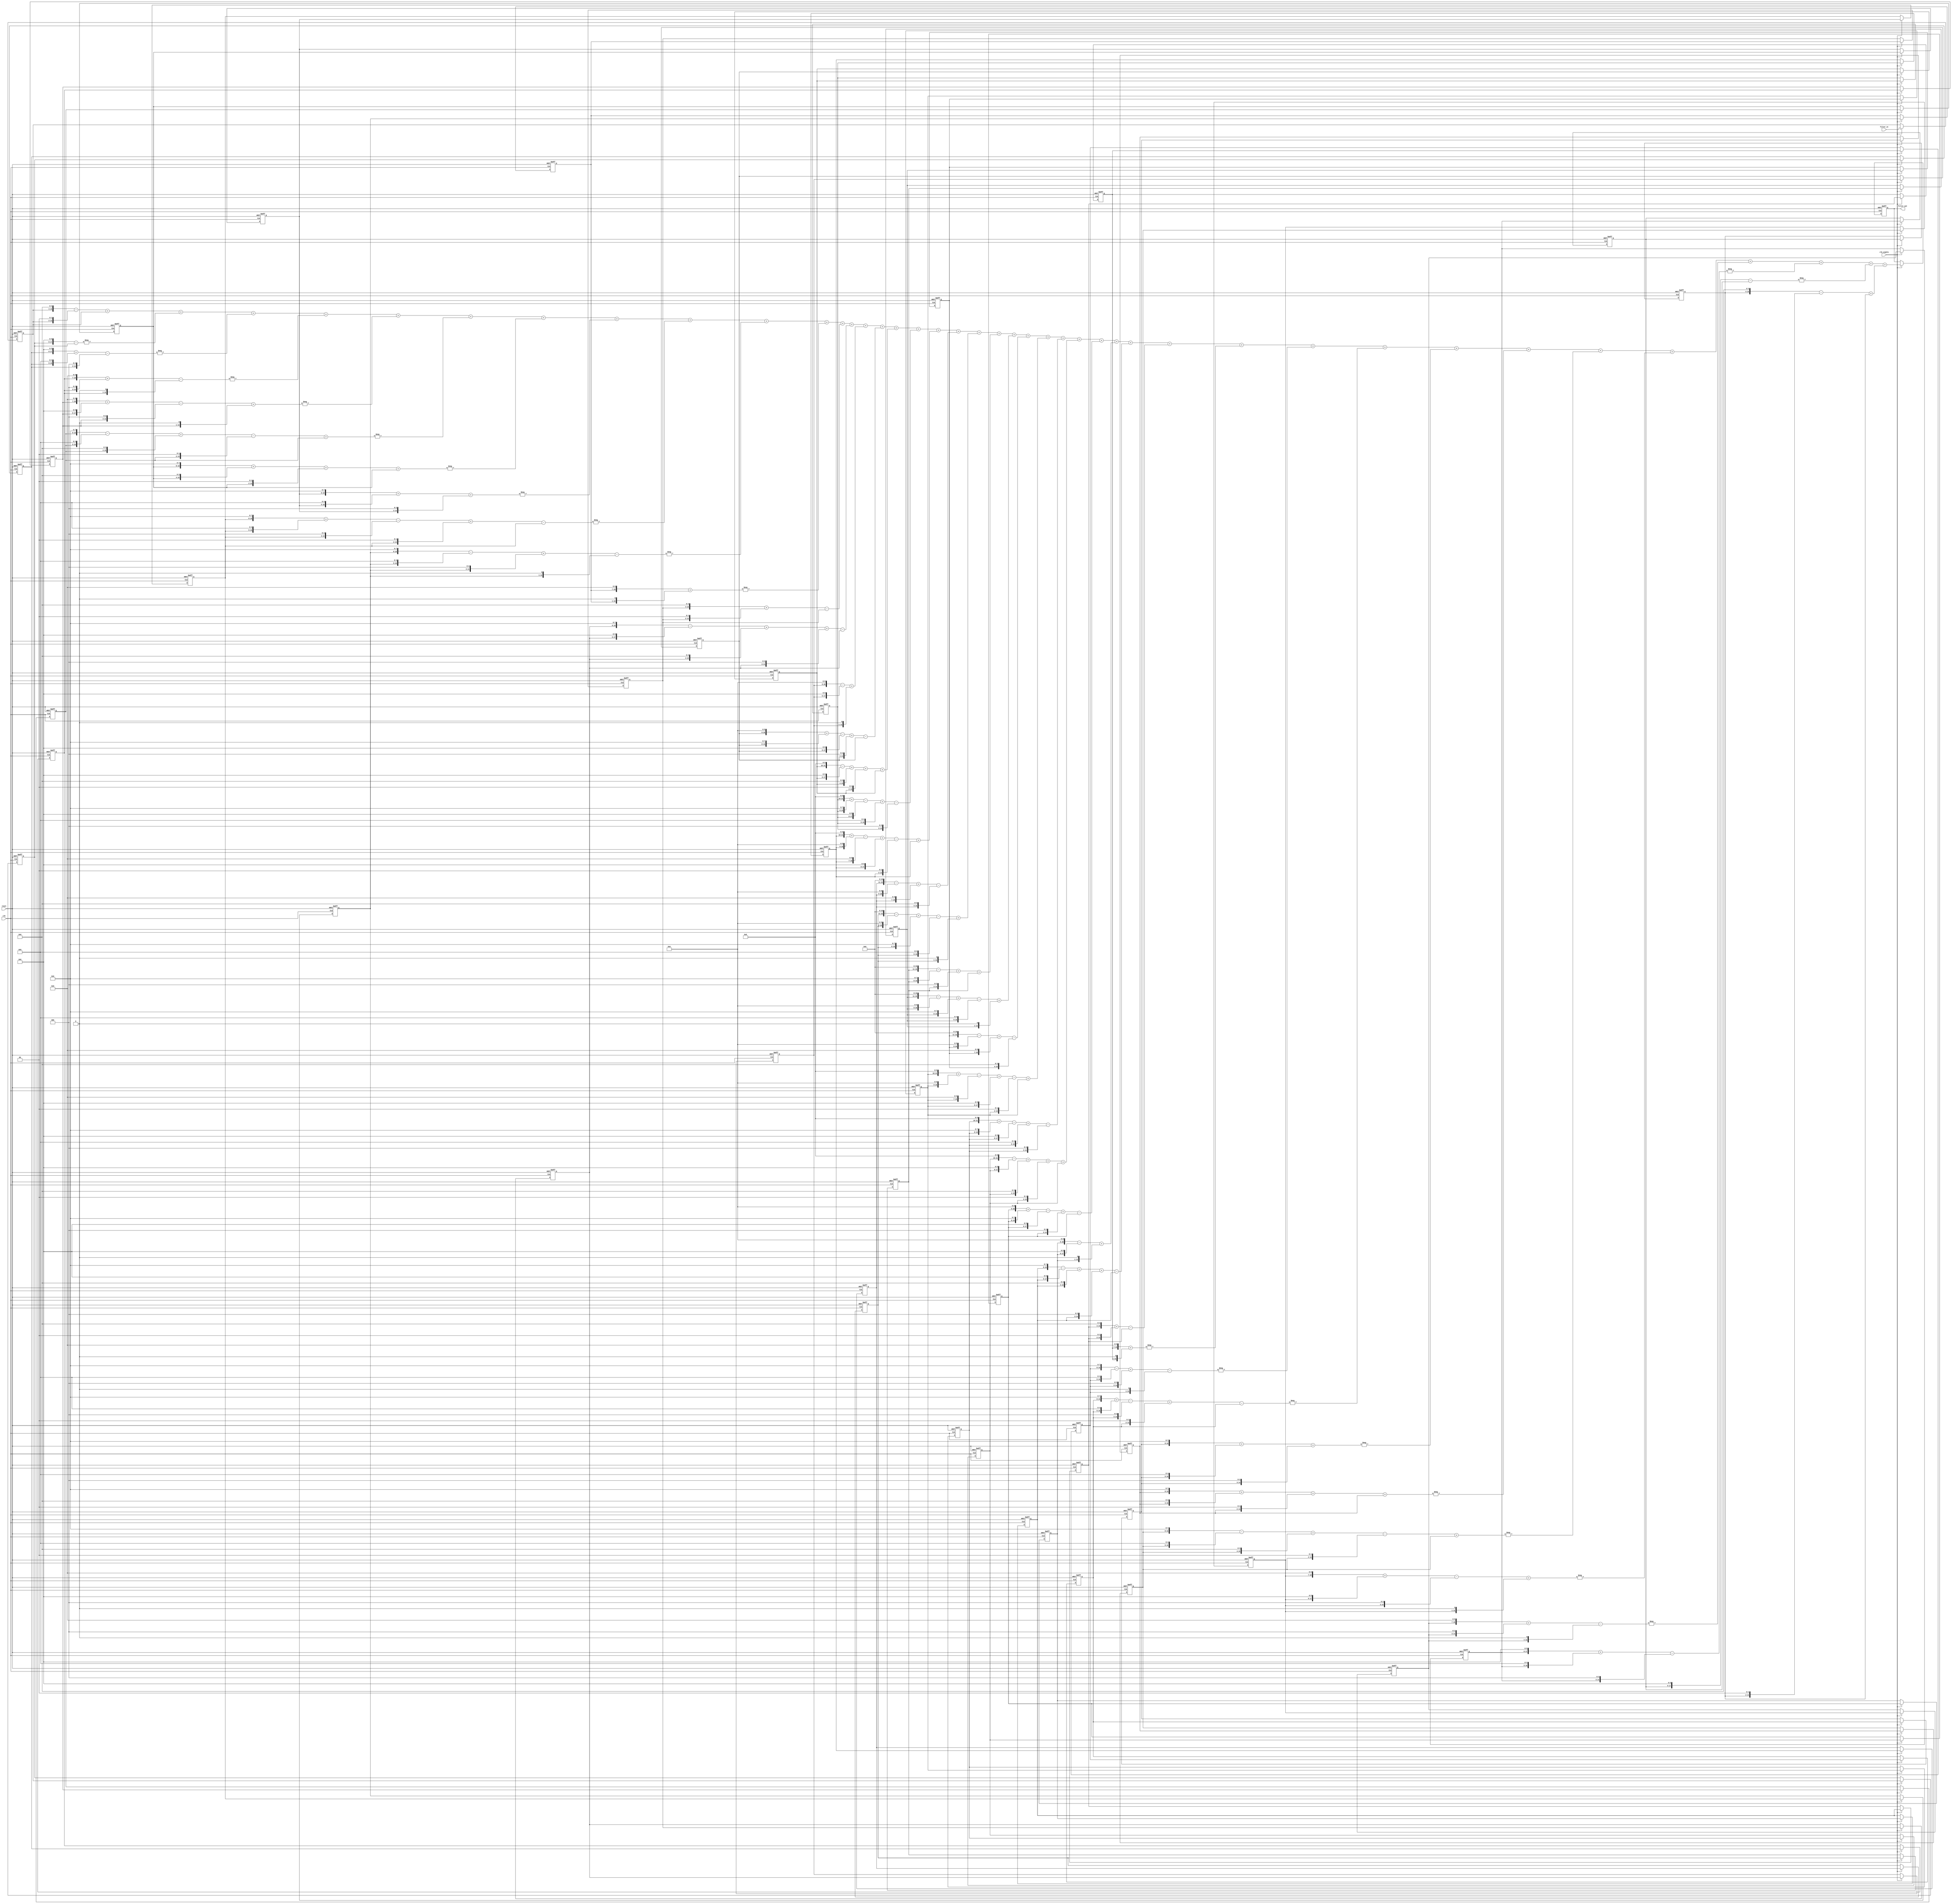
// -------------------------------------------------------------
//
// Module: FIR_125K_10K_LPF
// Generated by MATLAB(R) 8.3 and the Filter Design HDL Coder 2.9.5.
// Generated on: 2019-11-22 21:58:28
// -------------------------------------------------------------

// -------------------------------------------------------------
// HDL Code Generation Options:
//
// CoeffMultipliers: CSD
// TargetDirectory: E:\project\My_FPGA\Vivadio\ZYNQ\project\Match\Match_0\Match_C\Match_C.srcs\sources_1\new
// EDAScriptGeneration: off
// Name: FIR_125K_10K_LPF
// TargetLanguage: Verilog
// TestBenchStimulus: impulse step ramp chirp noise 
// GenerateHDLTestBench: off

// -------------------------------------------------------------
// HDL Implementation    : Fully parallel
// Multipliers           : 41
// Folding Factor        : 1
// -------------------------------------------------------------
// Filter Settings:
//
// Discrete-Time FIR Filter (real)
// -------------------------------
// Filter Structure  : Direct-Form FIR
// Filter Length     : 41
// Stable            : Yes
// Linear Phase      : Yes (Type 1)
// Arithmetic        : fixed
// Numerator         : s12,14 -> [-1.250000e-01 1.250000e-01)
// Input             : s12,11 -> [-1 1)
// Filter Internals  : Full Precision
//   Output          : s27,25 -> [-2 2)  (auto determined)
//   Product         : s23,25 -> [-1.250000e-01 1.250000e-01)  (auto determined)
//   Accumulator     : s27,25 -> [-2 2)  (auto determined)
//   Round Mode      : No rounding
//   Overflow Mode   : No overflow
// -------------------------------------------------------------

`timescale 1 ns / 1 ns

module FIR_125K_10K_LPF
               (
                clk,
                clk_enable,
                reset,
                filter_in,
                filter_out
                );

  input   clk; 
  input   clk_enable; 
  input   reset; 
  input   signed [11:0] filter_in; //sfix12_En11
  output  signed [26:0] filter_out; //sfix27_En25

////////////////////////////////////////////////////////////////
//Module Architecture: FIR_125K_10K_LPF
////////////////////////////////////////////////////////////////
  // Local Functions
  // Type Definitions
  // Constants
  parameter signed [11:0] coeff1 = 12'b000000001101; //sfix12_En14
  parameter signed [11:0] coeff2 = 12'b111111000001; //sfix12_En14
  parameter signed [11:0] coeff3 = 12'b111110101000; //sfix12_En14
  parameter signed [11:0] coeff4 = 12'b111101111010; //sfix12_En14
  parameter signed [11:0] coeff5 = 12'b111101000110; //sfix12_En14
  parameter signed [11:0] coeff6 = 12'b111100010011; //sfix12_En14
  parameter signed [11:0] coeff7 = 12'b111011101011; //sfix12_En14
  parameter signed [11:0] coeff8 = 12'b111011011000; //sfix12_En14
  parameter signed [11:0] coeff9 = 12'b111011100101; //sfix12_En14
  parameter signed [11:0] coeff10 = 12'b111100011010; //sfix12_En14
  parameter signed [11:0] coeff11 = 12'b111101111110; //sfix12_En14
  parameter signed [11:0] coeff12 = 12'b000000010011; //sfix12_En14
  parameter signed [11:0] coeff13 = 12'b000011010111; //sfix12_En14
  parameter signed [11:0] coeff14 = 12'b000111000010; //sfix12_En14
  parameter signed [11:0] coeff15 = 12'b001011000111; //sfix12_En14
  parameter signed [11:0] coeff16 = 12'b001111010101; //sfix12_En14
  parameter signed [11:0] coeff17 = 12'b010011011000; //sfix12_En14
  parameter signed [11:0] coeff18 = 12'b010110111101; //sfix12_En14
  parameter signed [11:0] coeff19 = 12'b011001110000; //sfix12_En14
  parameter signed [11:0] coeff20 = 12'b011011100010; //sfix12_En14
  parameter signed [11:0] coeff21 = 12'b011100001001; //sfix12_En14
  parameter signed [11:0] coeff22 = 12'b011011100010; //sfix12_En14
  parameter signed [11:0] coeff23 = 12'b011001110000; //sfix12_En14
  parameter signed [11:0] coeff24 = 12'b010110111101; //sfix12_En14
  parameter signed [11:0] coeff25 = 12'b010011011000; //sfix12_En14
  parameter signed [11:0] coeff26 = 12'b001111010101; //sfix12_En14
  parameter signed [11:0] coeff27 = 12'b001011000111; //sfix12_En14
  parameter signed [11:0] coeff28 = 12'b000111000010; //sfix12_En14
  parameter signed [11:0] coeff29 = 12'b000011010111; //sfix12_En14
  parameter signed [11:0] coeff30 = 12'b000000010011; //sfix12_En14
  parameter signed [11:0] coeff31 = 12'b111101111110; //sfix12_En14
  parameter signed [11:0] coeff32 = 12'b111100011010; //sfix12_En14
  parameter signed [11:0] coeff33 = 12'b111011100101; //sfix12_En14
  parameter signed [11:0] coeff34 = 12'b111011011000; //sfix12_En14
  parameter signed [11:0] coeff35 = 12'b111011101011; //sfix12_En14
  parameter signed [11:0] coeff36 = 12'b111100010011; //sfix12_En14
  parameter signed [11:0] coeff37 = 12'b111101000110; //sfix12_En14
  parameter signed [11:0] coeff38 = 12'b111101111010; //sfix12_En14
  parameter signed [11:0] coeff39 = 12'b111110101000; //sfix12_En14
  parameter signed [11:0] coeff40 = 12'b111111000001; //sfix12_En14
  parameter signed [11:0] coeff41 = 12'b000000001101; //sfix12_En14

  // Signals
  reg  signed [11:0] delay_pipeline [0:40] ; // sfix12_En11
  wire signed [22:0] product41; // sfix23_En25
  wire signed [16:0] mulcsd_temp; // sfix17_En25
  wire signed [22:0] product40; // sfix23_En25
  wire signed [18:0] mulcsd_temp_1; // sfix19_En25
  wire signed [22:0] product39; // sfix23_En25
  wire signed [18:0] mulcsd_temp_2; // sfix19_En25
  wire signed [22:0] product38; // sfix23_En25
  wire signed [19:0] mulcsd_temp_3; // sfix20_En25
  wire signed [22:0] product37; // sfix23_En25
  wire signed [19:0] mulcsd_temp_4; // sfix20_En25
  wire signed [22:0] product36; // sfix23_En25
  wire signed [20:0] mulcsd_temp_5; // sfix21_En25
  wire signed [22:0] product35; // sfix23_En25
  wire signed [20:0] mulcsd_temp_6; // sfix21_En25
  wire signed [22:0] product34; // sfix23_En25
  wire signed [20:0] mulcsd_temp_7; // sfix21_En25
  wire signed [22:0] product33; // sfix23_En25
  wire signed [20:0] mulcsd_temp_8; // sfix21_En25
  wire signed [22:0] product32; // sfix23_En25
  wire signed [20:0] mulcsd_temp_9; // sfix21_En25
  wire signed [22:0] product31; // sfix23_En25
  wire signed [19:0] mulcsd_temp_10; // sfix20_En25
  wire signed [22:0] product30; // sfix23_En25
  wire signed [16:0] mulcsd_temp_11; // sfix17_En25
  wire signed [22:0] product29; // sfix23_En25
  wire signed [20:0] mulcsd_temp_12; // sfix21_En25
  wire signed [22:0] product28; // sfix23_En25
  wire signed [21:0] mulcsd_temp_13; // sfix22_En25
  wire signed [22:0] product27; // sfix23_En25
  wire signed [21:0] mulcsd_temp_14; // sfix22_En25
  wire signed [22:0] product26; // sfix23_En25
  wire signed [22:0] mulcsd_temp_15; // sfix23_En25
  wire signed [22:0] product25; // sfix23_En25
  wire signed [22:0] mulcsd_temp_16; // sfix23_En25
  wire signed [22:0] product24; // sfix23_En25
  wire signed [22:0] mulcsd_temp_17; // sfix23_En25
  wire signed [22:0] product23; // sfix23_En25
  wire signed [23:0] mulcsd_temp_18; // sfix24_En25
  wire signed [22:0] product22; // sfix23_En25
  wire signed [23:0] mulcsd_temp_19; // sfix24_En25
  wire signed [22:0] product21; // sfix23_En25
  wire signed [23:0] mulcsd_temp_20; // sfix24_En25
  wire signed [22:0] product20; // sfix23_En25
  wire signed [23:0] mulcsd_temp_21; // sfix24_En25
  wire signed [22:0] product19; // sfix23_En25
  wire signed [23:0] mulcsd_temp_22; // sfix24_En25
  wire signed [22:0] product18; // sfix23_En25
  wire signed [22:0] mulcsd_temp_23; // sfix23_En25
  wire signed [22:0] product17; // sfix23_En25
  wire signed [22:0] mulcsd_temp_24; // sfix23_En25
  wire signed [22:0] product16; // sfix23_En25
  wire signed [22:0] mulcsd_temp_25; // sfix23_En25
  wire signed [22:0] product15; // sfix23_En25
  wire signed [21:0] mulcsd_temp_26; // sfix22_En25
  wire signed [22:0] product14; // sfix23_En25
  wire signed [21:0] mulcsd_temp_27; // sfix22_En25
  wire signed [22:0] product13; // sfix23_En25
  wire signed [20:0] mulcsd_temp_28; // sfix21_En25
  wire signed [22:0] product12; // sfix23_En25
  wire signed [16:0] mulcsd_temp_29; // sfix17_En25
  wire signed [22:0] product11; // sfix23_En25
  wire signed [19:0] mulcsd_temp_30; // sfix20_En25
  wire signed [22:0] product10; // sfix23_En25
  wire signed [20:0] mulcsd_temp_31; // sfix21_En25
  wire signed [22:0] product9; // sfix23_En25
  wire signed [20:0] mulcsd_temp_32; // sfix21_En25
  wire signed [22:0] product8; // sfix23_En25
  wire signed [20:0] mulcsd_temp_33; // sfix21_En25
  wire signed [22:0] product7; // sfix23_En25
  wire signed [20:0] mulcsd_temp_34; // sfix21_En25
  wire signed [22:0] product6; // sfix23_En25
  wire signed [20:0] mulcsd_temp_35; // sfix21_En25
  wire signed [22:0] product5; // sfix23_En25
  wire signed [19:0] mulcsd_temp_36; // sfix20_En25
  wire signed [22:0] product4; // sfix23_En25
  wire signed [19:0] mulcsd_temp_37; // sfix20_En25
  wire signed [22:0] product3; // sfix23_En25
  wire signed [18:0] mulcsd_temp_38; // sfix19_En25
  wire signed [22:0] product2; // sfix23_En25
  wire signed [18:0] mulcsd_temp_39; // sfix19_En25
  wire signed [26:0] product1_cast; // sfix27_En25
  wire signed [22:0] product1; // sfix23_En25
  wire signed [16:0] mulcsd_temp_40; // sfix17_En25
  wire signed [26:0] sum1; // sfix27_En25
  wire signed [26:0] add_signext; // sfix27_En25
  wire signed [26:0] add_signext_1; // sfix27_En25
  wire signed [27:0] add_temp; // sfix28_En25
  wire signed [26:0] sum2; // sfix27_En25
  wire signed [26:0] add_signext_2; // sfix27_En25
  wire signed [26:0] add_signext_3; // sfix27_En25
  wire signed [27:0] add_temp_1; // sfix28_En25
  wire signed [26:0] sum3; // sfix27_En25
  wire signed [26:0] add_signext_4; // sfix27_En25
  wire signed [26:0] add_signext_5; // sfix27_En25
  wire signed [27:0] add_temp_2; // sfix28_En25
  wire signed [26:0] sum4; // sfix27_En25
  wire signed [26:0] add_signext_6; // sfix27_En25
  wire signed [26:0] add_signext_7; // sfix27_En25
  wire signed [27:0] add_temp_3; // sfix28_En25
  wire signed [26:0] sum5; // sfix27_En25
  wire signed [26:0] add_signext_8; // sfix27_En25
  wire signed [26:0] add_signext_9; // sfix27_En25
  wire signed [27:0] add_temp_4; // sfix28_En25
  wire signed [26:0] sum6; // sfix27_En25
  wire signed [26:0] add_signext_10; // sfix27_En25
  wire signed [26:0] add_signext_11; // sfix27_En25
  wire signed [27:0] add_temp_5; // sfix28_En25
  wire signed [26:0] sum7; // sfix27_En25
  wire signed [26:0] add_signext_12; // sfix27_En25
  wire signed [26:0] add_signext_13; // sfix27_En25
  wire signed [27:0] add_temp_6; // sfix28_En25
  wire signed [26:0] sum8; // sfix27_En25
  wire signed [26:0] add_signext_14; // sfix27_En25
  wire signed [26:0] add_signext_15; // sfix27_En25
  wire signed [27:0] add_temp_7; // sfix28_En25
  wire signed [26:0] sum9; // sfix27_En25
  wire signed [26:0] add_signext_16; // sfix27_En25
  wire signed [26:0] add_signext_17; // sfix27_En25
  wire signed [27:0] add_temp_8; // sfix28_En25
  wire signed [26:0] sum10; // sfix27_En25
  wire signed [26:0] add_signext_18; // sfix27_En25
  wire signed [26:0] add_signext_19; // sfix27_En25
  wire signed [27:0] add_temp_9; // sfix28_En25
  wire signed [26:0] sum11; // sfix27_En25
  wire signed [26:0] add_signext_20; // sfix27_En25
  wire signed [26:0] add_signext_21; // sfix27_En25
  wire signed [27:0] add_temp_10; // sfix28_En25
  wire signed [26:0] sum12; // sfix27_En25
  wire signed [26:0] add_signext_22; // sfix27_En25
  wire signed [26:0] add_signext_23; // sfix27_En25
  wire signed [27:0] add_temp_11; // sfix28_En25
  wire signed [26:0] sum13; // sfix27_En25
  wire signed [26:0] add_signext_24; // sfix27_En25
  wire signed [26:0] add_signext_25; // sfix27_En25
  wire signed [27:0] add_temp_12; // sfix28_En25
  wire signed [26:0] sum14; // sfix27_En25
  wire signed [26:0] add_signext_26; // sfix27_En25
  wire signed [26:0] add_signext_27; // sfix27_En25
  wire signed [27:0] add_temp_13; // sfix28_En25
  wire signed [26:0] sum15; // sfix27_En25
  wire signed [26:0] add_signext_28; // sfix27_En25
  wire signed [26:0] add_signext_29; // sfix27_En25
  wire signed [27:0] add_temp_14; // sfix28_En25
  wire signed [26:0] sum16; // sfix27_En25
  wire signed [26:0] add_signext_30; // sfix27_En25
  wire signed [26:0] add_signext_31; // sfix27_En25
  wire signed [27:0] add_temp_15; // sfix28_En25
  wire signed [26:0] sum17; // sfix27_En25
  wire signed [26:0] add_signext_32; // sfix27_En25
  wire signed [26:0] add_signext_33; // sfix27_En25
  wire signed [27:0] add_temp_16; // sfix28_En25
  wire signed [26:0] sum18; // sfix27_En25
  wire signed [26:0] add_signext_34; // sfix27_En25
  wire signed [26:0] add_signext_35; // sfix27_En25
  wire signed [27:0] add_temp_17; // sfix28_En25
  wire signed [26:0] sum19; // sfix27_En25
  wire signed [26:0] add_signext_36; // sfix27_En25
  wire signed [26:0] add_signext_37; // sfix27_En25
  wire signed [27:0] add_temp_18; // sfix28_En25
  wire signed [26:0] sum20; // sfix27_En25
  wire signed [26:0] add_signext_38; // sfix27_En25
  wire signed [26:0] add_signext_39; // sfix27_En25
  wire signed [27:0] add_temp_19; // sfix28_En25
  wire signed [26:0] sum21; // sfix27_En25
  wire signed [26:0] add_signext_40; // sfix27_En25
  wire signed [26:0] add_signext_41; // sfix27_En25
  wire signed [27:0] add_temp_20; // sfix28_En25
  wire signed [26:0] sum22; // sfix27_En25
  wire signed [26:0] add_signext_42; // sfix27_En25
  wire signed [26:0] add_signext_43; // sfix27_En25
  wire signed [27:0] add_temp_21; // sfix28_En25
  wire signed [26:0] sum23; // sfix27_En25
  wire signed [26:0] add_signext_44; // sfix27_En25
  wire signed [26:0] add_signext_45; // sfix27_En25
  wire signed [27:0] add_temp_22; // sfix28_En25
  wire signed [26:0] sum24; // sfix27_En25
  wire signed [26:0] add_signext_46; // sfix27_En25
  wire signed [26:0] add_signext_47; // sfix27_En25
  wire signed [27:0] add_temp_23; // sfix28_En25
  wire signed [26:0] sum25; // sfix27_En25
  wire signed [26:0] add_signext_48; // sfix27_En25
  wire signed [26:0] add_signext_49; // sfix27_En25
  wire signed [27:0] add_temp_24; // sfix28_En25
  wire signed [26:0] sum26; // sfix27_En25
  wire signed [26:0] add_signext_50; // sfix27_En25
  wire signed [26:0] add_signext_51; // sfix27_En25
  wire signed [27:0] add_temp_25; // sfix28_En25
  wire signed [26:0] sum27; // sfix27_En25
  wire signed [26:0] add_signext_52; // sfix27_En25
  wire signed [26:0] add_signext_53; // sfix27_En25
  wire signed [27:0] add_temp_26; // sfix28_En25
  wire signed [26:0] sum28; // sfix27_En25
  wire signed [26:0] add_signext_54; // sfix27_En25
  wire signed [26:0] add_signext_55; // sfix27_En25
  wire signed [27:0] add_temp_27; // sfix28_En25
  wire signed [26:0] sum29; // sfix27_En25
  wire signed [26:0] add_signext_56; // sfix27_En25
  wire signed [26:0] add_signext_57; // sfix27_En25
  wire signed [27:0] add_temp_28; // sfix28_En25
  wire signed [26:0] sum30; // sfix27_En25
  wire signed [26:0] add_signext_58; // sfix27_En25
  wire signed [26:0] add_signext_59; // sfix27_En25
  wire signed [27:0] add_temp_29; // sfix28_En25
  wire signed [26:0] sum31; // sfix27_En25
  wire signed [26:0] add_signext_60; // sfix27_En25
  wire signed [26:0] add_signext_61; // sfix27_En25
  wire signed [27:0] add_temp_30; // sfix28_En25
  wire signed [26:0] sum32; // sfix27_En25
  wire signed [26:0] add_signext_62; // sfix27_En25
  wire signed [26:0] add_signext_63; // sfix27_En25
  wire signed [27:0] add_temp_31; // sfix28_En25
  wire signed [26:0] sum33; // sfix27_En25
  wire signed [26:0] add_signext_64; // sfix27_En25
  wire signed [26:0] add_signext_65; // sfix27_En25
  wire signed [27:0] add_temp_32; // sfix28_En25
  wire signed [26:0] sum34; // sfix27_En25
  wire signed [26:0] add_signext_66; // sfix27_En25
  wire signed [26:0] add_signext_67; // sfix27_En25
  wire signed [27:0] add_temp_33; // sfix28_En25
  wire signed [26:0] sum35; // sfix27_En25
  wire signed [26:0] add_signext_68; // sfix27_En25
  wire signed [26:0] add_signext_69; // sfix27_En25
  wire signed [27:0] add_temp_34; // sfix28_En25
  wire signed [26:0] sum36; // sfix27_En25
  wire signed [26:0] add_signext_70; // sfix27_En25
  wire signed [26:0] add_signext_71; // sfix27_En25
  wire signed [27:0] add_temp_35; // sfix28_En25
  wire signed [26:0] sum37; // sfix27_En25
  wire signed [26:0] add_signext_72; // sfix27_En25
  wire signed [26:0] add_signext_73; // sfix27_En25
  wire signed [27:0] add_temp_36; // sfix28_En25
  wire signed [26:0] sum38; // sfix27_En25
  wire signed [26:0] add_signext_74; // sfix27_En25
  wire signed [26:0] add_signext_75; // sfix27_En25
  wire signed [27:0] add_temp_37; // sfix28_En25
  wire signed [26:0] sum39; // sfix27_En25
  wire signed [26:0] add_signext_76; // sfix27_En25
  wire signed [26:0] add_signext_77; // sfix27_En25
  wire signed [27:0] add_temp_38; // sfix28_En25
  wire signed [26:0] sum40; // sfix27_En25
  wire signed [26:0] add_signext_78; // sfix27_En25
  wire signed [26:0] add_signext_79; // sfix27_En25
  wire signed [27:0] add_temp_39; // sfix28_En25
  reg  signed [26:0] output_register; // sfix27_En25

  // Block Statements
  always @( posedge clk or posedge reset)
    begin: Delay_Pipeline_process
      if (reset == 1'b1) begin
        delay_pipeline[0] <= 0;
        delay_pipeline[1] <= 0;
        delay_pipeline[2] <= 0;
        delay_pipeline[3] <= 0;
        delay_pipeline[4] <= 0;
        delay_pipeline[5] <= 0;
        delay_pipeline[6] <= 0;
        delay_pipeline[7] <= 0;
        delay_pipeline[8] <= 0;
        delay_pipeline[9] <= 0;
        delay_pipeline[10] <= 0;
        delay_pipeline[11] <= 0;
        delay_pipeline[12] <= 0;
        delay_pipeline[13] <= 0;
        delay_pipeline[14] <= 0;
        delay_pipeline[15] <= 0;
        delay_pipeline[16] <= 0;
        delay_pipeline[17] <= 0;
        delay_pipeline[18] <= 0;
        delay_pipeline[19] <= 0;
        delay_pipeline[20] <= 0;
        delay_pipeline[21] <= 0;
        delay_pipeline[22] <= 0;
        delay_pipeline[23] <= 0;
        delay_pipeline[24] <= 0;
        delay_pipeline[25] <= 0;
        delay_pipeline[26] <= 0;
        delay_pipeline[27] <= 0;
        delay_pipeline[28] <= 0;
        delay_pipeline[29] <= 0;
        delay_pipeline[30] <= 0;
        delay_pipeline[31] <= 0;
        delay_pipeline[32] <= 0;
        delay_pipeline[33] <= 0;
        delay_pipeline[34] <= 0;
        delay_pipeline[35] <= 0;
        delay_pipeline[36] <= 0;
        delay_pipeline[37] <= 0;
        delay_pipeline[38] <= 0;
        delay_pipeline[39] <= 0;
        delay_pipeline[40] <= 0;
      end
      else begin
        if (clk_enable == 1'b1) begin
          delay_pipeline[0] <= filter_in;
          delay_pipeline[1] <= delay_pipeline[0];
          delay_pipeline[2] <= delay_pipeline[1];
          delay_pipeline[3] <= delay_pipeline[2];
          delay_pipeline[4] <= delay_pipeline[3];
          delay_pipeline[5] <= delay_pipeline[4];
          delay_pipeline[6] <= delay_pipeline[5];
          delay_pipeline[7] <= delay_pipeline[6];
          delay_pipeline[8] <= delay_pipeline[7];
          delay_pipeline[9] <= delay_pipeline[8];
          delay_pipeline[10] <= delay_pipeline[9];
          delay_pipeline[11] <= delay_pipeline[10];
          delay_pipeline[12] <= delay_pipeline[11];
          delay_pipeline[13] <= delay_pipeline[12];
          delay_pipeline[14] <= delay_pipeline[13];
          delay_pipeline[15] <= delay_pipeline[14];
          delay_pipeline[16] <= delay_pipeline[15];
          delay_pipeline[17] <= delay_pipeline[16];
          delay_pipeline[18] <= delay_pipeline[17];
          delay_pipeline[19] <= delay_pipeline[18];
          delay_pipeline[20] <= delay_pipeline[19];
          delay_pipeline[21] <= delay_pipeline[20];
          delay_pipeline[22] <= delay_pipeline[21];
          delay_pipeline[23] <= delay_pipeline[22];
          delay_pipeline[24] <= delay_pipeline[23];
          delay_pipeline[25] <= delay_pipeline[24];
          delay_pipeline[26] <= delay_pipeline[25];
          delay_pipeline[27] <= delay_pipeline[26];
          delay_pipeline[28] <= delay_pipeline[27];
          delay_pipeline[29] <= delay_pipeline[28];
          delay_pipeline[30] <= delay_pipeline[29];
          delay_pipeline[31] <= delay_pipeline[30];
          delay_pipeline[32] <= delay_pipeline[31];
          delay_pipeline[33] <= delay_pipeline[32];
          delay_pipeline[34] <= delay_pipeline[33];
          delay_pipeline[35] <= delay_pipeline[34];
          delay_pipeline[36] <= delay_pipeline[35];
          delay_pipeline[37] <= delay_pipeline[36];
          delay_pipeline[38] <= delay_pipeline[37];
          delay_pipeline[39] <= delay_pipeline[38];
          delay_pipeline[40] <= delay_pipeline[39];
        end
      end
    end // Delay_Pipeline_process


  assign mulcsd_temp = 
        $signed({delay_pipeline[40], 4'b0000}) -
        $signed({delay_pipeline[40], 2'b00}) +
        delay_pipeline[40];
  assign product41 = $signed({{6{mulcsd_temp[16]}}, mulcsd_temp});

  assign mulcsd_temp_1 = - (
        $signed({delay_pipeline[39], 6'b000000}) -
        delay_pipeline[39]);
  assign product40 = $signed({{4{mulcsd_temp_1[18]}}, mulcsd_temp_1});

  assign mulcsd_temp_2 = - (
        $signed({delay_pipeline[38], 6'b000000}) +
        $signed({delay_pipeline[38], 5'b00000}) -
        $signed({delay_pipeline[38], 3'b000}));
  assign product39 = $signed({{4{mulcsd_temp_2[18]}}, mulcsd_temp_2});

  assign mulcsd_temp_3 = - (
        $signed({delay_pipeline[37], 7'b0000000}) +
        $signed({delay_pipeline[37], 3'b000}) -
        $signed({delay_pipeline[37], 1'b0}));
  assign product38 = $signed({{3{mulcsd_temp_3[19]}}, mulcsd_temp_3});

  assign mulcsd_temp_4 = - (
        $signed({delay_pipeline[36], 7'b0000000}) +
        $signed({delay_pipeline[36], 6'b000000}) -
        $signed({delay_pipeline[36], 3'b000}) +
        $signed({delay_pipeline[36], 1'b0}));
  assign product37 = $signed({{3{mulcsd_temp_4[19]}}, mulcsd_temp_4});

  assign mulcsd_temp_5 = - (
        $signed({delay_pipeline[35], 8'b00000000}) -
        $signed({delay_pipeline[35], 5'b00000}) +
        $signed({delay_pipeline[35], 4'b0000}) -
        $signed({delay_pipeline[35], 2'b00}) +
        delay_pipeline[35]);
  assign product36 = $signed({{2{mulcsd_temp_5[20]}}, mulcsd_temp_5});

  assign mulcsd_temp_6 = - (
        $signed({delay_pipeline[34], 8'b00000000}) +
        $signed({delay_pipeline[34], 4'b0000}) +
        $signed({delay_pipeline[34], 2'b00}) +
        delay_pipeline[34]);
  assign product35 = $signed({{2{mulcsd_temp_6[20]}}, mulcsd_temp_6});

  assign mulcsd_temp_7 = - (
        $signed({delay_pipeline[33], 8'b00000000}) +
        $signed({delay_pipeline[33], 5'b00000}) +
        $signed({delay_pipeline[33], 3'b000}));
  assign product34 = $signed({{2{mulcsd_temp_7[20]}}, mulcsd_temp_7});

  assign mulcsd_temp_8 = - (
        $signed({delay_pipeline[32], 8'b00000000}) +
        $signed({delay_pipeline[32], 5'b00000}) -
        $signed({delay_pipeline[32], 3'b000}) +
        $signed({delay_pipeline[32], 2'b00}) -
        delay_pipeline[32]);
  assign product33 = $signed({{2{mulcsd_temp_8[20]}}, mulcsd_temp_8});

  assign mulcsd_temp_9 = - (
        $signed({delay_pipeline[31], 8'b00000000}) -
        $signed({delay_pipeline[31], 5'b00000}) +
        $signed({delay_pipeline[31], 3'b000}) -
        $signed({delay_pipeline[31], 1'b0}));
  assign product32 = $signed({{2{mulcsd_temp_9[20]}}, mulcsd_temp_9});

  assign mulcsd_temp_10 = - (
        $signed({delay_pipeline[30], 7'b0000000}) +
        $signed({delay_pipeline[30], 1'b0}));
  assign product31 = $signed({{3{mulcsd_temp_10[19]}}, mulcsd_temp_10});

  assign mulcsd_temp_11 = 
        $signed({delay_pipeline[29], 4'b0000}) +
        $signed({delay_pipeline[29], 2'b00}) -
        delay_pipeline[29];
  assign product30 = $signed({{6{mulcsd_temp_11[16]}}, mulcsd_temp_11});

  assign mulcsd_temp_12 = 
        $signed({delay_pipeline[28], 8'b00000000}) -
        $signed({delay_pipeline[28], 6'b000000}) +
        $signed({delay_pipeline[28], 4'b0000}) +
        $signed({delay_pipeline[28], 3'b000}) -
        delay_pipeline[28];
  assign product29 = $signed({{2{mulcsd_temp_12[20]}}, mulcsd_temp_12});

  assign mulcsd_temp_13 = 
        $signed({delay_pipeline[27], 9'b000000000}) -
        $signed({delay_pipeline[27], 6'b000000}) +
        $signed({delay_pipeline[27], 1'b0});
  assign product28 = $signed({{1{mulcsd_temp_13[21]}}, mulcsd_temp_13});

  assign mulcsd_temp_14 = 
        $signed({delay_pipeline[26], 9'b000000000}) +
        $signed({delay_pipeline[26], 8'b00000000}) -
        $signed({delay_pipeline[26], 6'b000000}) +
        $signed({delay_pipeline[26], 3'b000}) -
        delay_pipeline[26];
  assign product27 = $signed({{1{mulcsd_temp_14[21]}}, mulcsd_temp_14});

  assign mulcsd_temp_15 = 
        $signed({delay_pipeline[25], 10'b0000000000}) -
        $signed({delay_pipeline[25], 6'b000000}) +
        $signed({delay_pipeline[25], 4'b0000}) +
        $signed({delay_pipeline[25], 2'b00}) +
        delay_pipeline[25];
  assign product26 = mulcsd_temp_15;

  assign mulcsd_temp_16 = 
        $signed({delay_pipeline[24], 10'b0000000000}) +
        $signed({delay_pipeline[24], 8'b00000000}) -
        $signed({delay_pipeline[24], 6'b000000}) +
        $signed({delay_pipeline[24], 5'b00000}) -
        $signed({delay_pipeline[24], 3'b000});
  assign product25 = mulcsd_temp_16;

  assign mulcsd_temp_17 = 
        $signed({delay_pipeline[23], 10'b0000000000}) +
        $signed({delay_pipeline[23], 9'b000000000}) -
        $signed({delay_pipeline[23], 7'b0000000}) +
        $signed({delay_pipeline[23], 6'b000000}) -
        $signed({delay_pipeline[23], 2'b00}) +
        delay_pipeline[23];
  assign product24 = mulcsd_temp_17;

  assign mulcsd_temp_18 = 
        $signed({delay_pipeline[22], 11'b00000000000}) -
        $signed({delay_pipeline[22], 9'b000000000}) +
        $signed({delay_pipeline[22], 7'b0000000}) -
        $signed({delay_pipeline[22], 4'b0000});
  assign product23 = mulcsd_temp_18[22:0];

  assign mulcsd_temp_19 = 
        $signed({delay_pipeline[21], 11'b00000000000}) -
        $signed({delay_pipeline[21], 9'b000000000}) +
        $signed({delay_pipeline[21], 8'b00000000}) -
        $signed({delay_pipeline[21], 5'b00000}) +
        $signed({delay_pipeline[21], 1'b0});
  assign product22 = mulcsd_temp_19[22:0];

  assign mulcsd_temp_20 = 
        $signed({delay_pipeline[20], 11'b00000000000}) -
        $signed({delay_pipeline[20], 8'b00000000}) +
        $signed({delay_pipeline[20], 3'b000}) +
        delay_pipeline[20];
  assign product21 = mulcsd_temp_20[22:0];

  assign mulcsd_temp_21 = 
        $signed({delay_pipeline[19], 11'b00000000000}) -
        $signed({delay_pipeline[19], 9'b000000000}) +
        $signed({delay_pipeline[19], 8'b00000000}) -
        $signed({delay_pipeline[19], 5'b00000}) +
        $signed({delay_pipeline[19], 1'b0});
  assign product20 = mulcsd_temp_21[22:0];

  assign mulcsd_temp_22 = 
        $signed({delay_pipeline[18], 11'b00000000000}) -
        $signed({delay_pipeline[18], 9'b000000000}) +
        $signed({delay_pipeline[18], 7'b0000000}) -
        $signed({delay_pipeline[18], 4'b0000});
  assign product19 = mulcsd_temp_22[22:0];

  assign mulcsd_temp_23 = 
        $signed({delay_pipeline[17], 10'b0000000000}) +
        $signed({delay_pipeline[17], 9'b000000000}) -
        $signed({delay_pipeline[17], 7'b0000000}) +
        $signed({delay_pipeline[17], 6'b000000}) -
        $signed({delay_pipeline[17], 2'b00}) +
        delay_pipeline[17];
  assign product18 = mulcsd_temp_23;

  assign mulcsd_temp_24 = 
        $signed({delay_pipeline[16], 10'b0000000000}) +
        $signed({delay_pipeline[16], 8'b00000000}) -
        $signed({delay_pipeline[16], 6'b000000}) +
        $signed({delay_pipeline[16], 5'b00000}) -
        $signed({delay_pipeline[16], 3'b000});
  assign product17 = mulcsd_temp_24;

  assign mulcsd_temp_25 = 
        $signed({delay_pipeline[15], 10'b0000000000}) -
        $signed({delay_pipeline[15], 6'b000000}) +
        $signed({delay_pipeline[15], 4'b0000}) +
        $signed({delay_pipeline[15], 2'b00}) +
        delay_pipeline[15];
  assign product16 = mulcsd_temp_25;

  assign mulcsd_temp_26 = 
        $signed({delay_pipeline[14], 9'b000000000}) +
        $signed({delay_pipeline[14], 8'b00000000}) -
        $signed({delay_pipeline[14], 6'b000000}) +
        $signed({delay_pipeline[14], 3'b000}) -
        delay_pipeline[14];
  assign product15 = $signed({{1{mulcsd_temp_26[21]}}, mulcsd_temp_26});

  assign mulcsd_temp_27 = 
        $signed({delay_pipeline[13], 9'b000000000}) -
        $signed({delay_pipeline[13], 6'b000000}) +
        $signed({delay_pipeline[13], 1'b0});
  assign product14 = $signed({{1{mulcsd_temp_27[21]}}, mulcsd_temp_27});

  assign mulcsd_temp_28 = 
        $signed({delay_pipeline[12], 8'b00000000}) -
        $signed({delay_pipeline[12], 6'b000000}) +
        $signed({delay_pipeline[12], 4'b0000}) +
        $signed({delay_pipeline[12], 3'b000}) -
        delay_pipeline[12];
  assign product13 = $signed({{2{mulcsd_temp_28[20]}}, mulcsd_temp_28});

  assign mulcsd_temp_29 = 
        $signed({delay_pipeline[11], 4'b0000}) +
        $signed({delay_pipeline[11], 2'b00}) -
        delay_pipeline[11];
  assign product12 = $signed({{6{mulcsd_temp_29[16]}}, mulcsd_temp_29});

  assign mulcsd_temp_30 = - (
        $signed({delay_pipeline[10], 7'b0000000}) +
        $signed({delay_pipeline[10], 1'b0}));
  assign product11 = $signed({{3{mulcsd_temp_30[19]}}, mulcsd_temp_30});

  assign mulcsd_temp_31 = - (
        $signed({delay_pipeline[9], 8'b00000000}) -
        $signed({delay_pipeline[9], 5'b00000}) +
        $signed({delay_pipeline[9], 3'b000}) -
        $signed({delay_pipeline[9], 1'b0}));
  assign product10 = $signed({{2{mulcsd_temp_31[20]}}, mulcsd_temp_31});

  assign mulcsd_temp_32 = - (
        $signed({delay_pipeline[8], 8'b00000000}) +
        $signed({delay_pipeline[8], 5'b00000}) -
        $signed({delay_pipeline[8], 3'b000}) +
        $signed({delay_pipeline[8], 2'b00}) -
        delay_pipeline[8]);
  assign product9 = $signed({{2{mulcsd_temp_32[20]}}, mulcsd_temp_32});

  assign mulcsd_temp_33 = - (
        $signed({delay_pipeline[7], 8'b00000000}) +
        $signed({delay_pipeline[7], 5'b00000}) +
        $signed({delay_pipeline[7], 3'b000}));
  assign product8 = $signed({{2{mulcsd_temp_33[20]}}, mulcsd_temp_33});

  assign mulcsd_temp_34 = - (
        $signed({delay_pipeline[6], 8'b00000000}) +
        $signed({delay_pipeline[6], 4'b0000}) +
        $signed({delay_pipeline[6], 2'b00}) +
        delay_pipeline[6]);
  assign product7 = $signed({{2{mulcsd_temp_34[20]}}, mulcsd_temp_34});

  assign mulcsd_temp_35 = - (
        $signed({delay_pipeline[5], 8'b00000000}) -
        $signed({delay_pipeline[5], 5'b00000}) +
        $signed({delay_pipeline[5], 4'b0000}) -
        $signed({delay_pipeline[5], 2'b00}) +
        delay_pipeline[5]);
  assign product6 = $signed({{2{mulcsd_temp_35[20]}}, mulcsd_temp_35});

  assign mulcsd_temp_36 = - (
        $signed({delay_pipeline[4], 7'b0000000}) +
        $signed({delay_pipeline[4], 6'b000000}) -
        $signed({delay_pipeline[4], 3'b000}) +
        $signed({delay_pipeline[4], 1'b0}));
  assign product5 = $signed({{3{mulcsd_temp_36[19]}}, mulcsd_temp_36});

  assign mulcsd_temp_37 = - (
        $signed({delay_pipeline[3], 7'b0000000}) +
        $signed({delay_pipeline[3], 3'b000}) -
        $signed({delay_pipeline[3], 1'b0}));
  assign product4 = $signed({{3{mulcsd_temp_37[19]}}, mulcsd_temp_37});

  assign mulcsd_temp_38 = - (
        $signed({delay_pipeline[2], 6'b000000}) +
        $signed({delay_pipeline[2], 5'b00000}) -
        $signed({delay_pipeline[2], 3'b000}));
  assign product3 = $signed({{4{mulcsd_temp_38[18]}}, mulcsd_temp_38});

  assign mulcsd_temp_39 = - (
        $signed({delay_pipeline[1], 6'b000000}) -
        delay_pipeline[1]);
  assign product2 = $signed({{4{mulcsd_temp_39[18]}}, mulcsd_temp_39});

  assign product1_cast = $signed({{4{product1[22]}}, product1});

  assign mulcsd_temp_40 = 
        $signed({delay_pipeline[0], 4'b0000}) -
        $signed({delay_pipeline[0], 2'b00}) +
        delay_pipeline[0];
  assign product1 = $signed({{6{mulcsd_temp_40[16]}}, mulcsd_temp_40});

  assign add_signext = product1_cast;
  assign add_signext_1 = $signed({{4{product2[22]}}, product2});
  assign add_temp = add_signext + add_signext_1;
  assign sum1 = add_temp[26:0];

  assign add_signext_2 = sum1;
  assign add_signext_3 = $signed({{4{product3[22]}}, product3});
  assign add_temp_1 = add_signext_2 + add_signext_3;
  assign sum2 = add_temp_1[26:0];

  assign add_signext_4 = sum2;
  assign add_signext_5 = $signed({{4{product4[22]}}, product4});
  assign add_temp_2 = add_signext_4 + add_signext_5;
  assign sum3 = add_temp_2[26:0];

  assign add_signext_6 = sum3;
  assign add_signext_7 = $signed({{4{product5[22]}}, product5});
  assign add_temp_3 = add_signext_6 + add_signext_7;
  assign sum4 = add_temp_3[26:0];

  assign add_signext_8 = sum4;
  assign add_signext_9 = $signed({{4{product6[22]}}, product6});
  assign add_temp_4 = add_signext_8 + add_signext_9;
  assign sum5 = add_temp_4[26:0];

  assign add_signext_10 = sum5;
  assign add_signext_11 = $signed({{4{product7[22]}}, product7});
  assign add_temp_5 = add_signext_10 + add_signext_11;
  assign sum6 = add_temp_5[26:0];

  assign add_signext_12 = sum6;
  assign add_signext_13 = $signed({{4{product8[22]}}, product8});
  assign add_temp_6 = add_signext_12 + add_signext_13;
  assign sum7 = add_temp_6[26:0];

  assign add_signext_14 = sum7;
  assign add_signext_15 = $signed({{4{product9[22]}}, product9});
  assign add_temp_7 = add_signext_14 + add_signext_15;
  assign sum8 = add_temp_7[26:0];

  assign add_signext_16 = sum8;
  assign add_signext_17 = $signed({{4{product10[22]}}, product10});
  assign add_temp_8 = add_signext_16 + add_signext_17;
  assign sum9 = add_temp_8[26:0];

  assign add_signext_18 = sum9;
  assign add_signext_19 = $signed({{4{product11[22]}}, product11});
  assign add_temp_9 = add_signext_18 + add_signext_19;
  assign sum10 = add_temp_9[26:0];

  assign add_signext_20 = sum10;
  assign add_signext_21 = $signed({{4{product12[22]}}, product12});
  assign add_temp_10 = add_signext_20 + add_signext_21;
  assign sum11 = add_temp_10[26:0];

  assign add_signext_22 = sum11;
  assign add_signext_23 = $signed({{4{product13[22]}}, product13});
  assign add_temp_11 = add_signext_22 + add_signext_23;
  assign sum12 = add_temp_11[26:0];

  assign add_signext_24 = sum12;
  assign add_signext_25 = $signed({{4{product14[22]}}, product14});
  assign add_temp_12 = add_signext_24 + add_signext_25;
  assign sum13 = add_temp_12[26:0];

  assign add_signext_26 = sum13;
  assign add_signext_27 = $signed({{4{product15[22]}}, product15});
  assign add_temp_13 = add_signext_26 + add_signext_27;
  assign sum14 = add_temp_13[26:0];

  assign add_signext_28 = sum14;
  assign add_signext_29 = $signed({{4{product16[22]}}, product16});
  assign add_temp_14 = add_signext_28 + add_signext_29;
  assign sum15 = add_temp_14[26:0];

  assign add_signext_30 = sum15;
  assign add_signext_31 = $signed({{4{product17[22]}}, product17});
  assign add_temp_15 = add_signext_30 + add_signext_31;
  assign sum16 = add_temp_15[26:0];

  assign add_signext_32 = sum16;
  assign add_signext_33 = $signed({{4{product18[22]}}, product18});
  assign add_temp_16 = add_signext_32 + add_signext_33;
  assign sum17 = add_temp_16[26:0];

  assign add_signext_34 = sum17;
  assign add_signext_35 = $signed({{4{product19[22]}}, product19});
  assign add_temp_17 = add_signext_34 + add_signext_35;
  assign sum18 = add_temp_17[26:0];

  assign add_signext_36 = sum18;
  assign add_signext_37 = $signed({{4{product20[22]}}, product20});
  assign add_temp_18 = add_signext_36 + add_signext_37;
  assign sum19 = add_temp_18[26:0];

  assign add_signext_38 = sum19;
  assign add_signext_39 = $signed({{4{product21[22]}}, product21});
  assign add_temp_19 = add_signext_38 + add_signext_39;
  assign sum20 = add_temp_19[26:0];

  assign add_signext_40 = sum20;
  assign add_signext_41 = $signed({{4{product22[22]}}, product22});
  assign add_temp_20 = add_signext_40 + add_signext_41;
  assign sum21 = add_temp_20[26:0];

  assign add_signext_42 = sum21;
  assign add_signext_43 = $signed({{4{product23[22]}}, product23});
  assign add_temp_21 = add_signext_42 + add_signext_43;
  assign sum22 = add_temp_21[26:0];

  assign add_signext_44 = sum22;
  assign add_signext_45 = $signed({{4{product24[22]}}, product24});
  assign add_temp_22 = add_signext_44 + add_signext_45;
  assign sum23 = add_temp_22[26:0];

  assign add_signext_46 = sum23;
  assign add_signext_47 = $signed({{4{product25[22]}}, product25});
  assign add_temp_23 = add_signext_46 + add_signext_47;
  assign sum24 = add_temp_23[26:0];

  assign add_signext_48 = sum24;
  assign add_signext_49 = $signed({{4{product26[22]}}, product26});
  assign add_temp_24 = add_signext_48 + add_signext_49;
  assign sum25 = add_temp_24[26:0];

  assign add_signext_50 = sum25;
  assign add_signext_51 = $signed({{4{product27[22]}}, product27});
  assign add_temp_25 = add_signext_50 + add_signext_51;
  assign sum26 = add_temp_25[26:0];

  assign add_signext_52 = sum26;
  assign add_signext_53 = $signed({{4{product28[22]}}, product28});
  assign add_temp_26 = add_signext_52 + add_signext_53;
  assign sum27 = add_temp_26[26:0];

  assign add_signext_54 = sum27;
  assign add_signext_55 = $signed({{4{product29[22]}}, product29});
  assign add_temp_27 = add_signext_54 + add_signext_55;
  assign sum28 = add_temp_27[26:0];

  assign add_signext_56 = sum28;
  assign add_signext_57 = $signed({{4{product30[22]}}, product30});
  assign add_temp_28 = add_signext_56 + add_signext_57;
  assign sum29 = add_temp_28[26:0];

  assign add_signext_58 = sum29;
  assign add_signext_59 = $signed({{4{product31[22]}}, product31});
  assign add_temp_29 = add_signext_58 + add_signext_59;
  assign sum30 = add_temp_29[26:0];

  assign add_signext_60 = sum30;
  assign add_signext_61 = $signed({{4{product32[22]}}, product32});
  assign add_temp_30 = add_signext_60 + add_signext_61;
  assign sum31 = add_temp_30[26:0];

  assign add_signext_62 = sum31;
  assign add_signext_63 = $signed({{4{product33[22]}}, product33});
  assign add_temp_31 = add_signext_62 + add_signext_63;
  assign sum32 = add_temp_31[26:0];

  assign add_signext_64 = sum32;
  assign add_signext_65 = $signed({{4{product34[22]}}, product34});
  assign add_temp_32 = add_signext_64 + add_signext_65;
  assign sum33 = add_temp_32[26:0];

  assign add_signext_66 = sum33;
  assign add_signext_67 = $signed({{4{product35[22]}}, product35});
  assign add_temp_33 = add_signext_66 + add_signext_67;
  assign sum34 = add_temp_33[26:0];

  assign add_signext_68 = sum34;
  assign add_signext_69 = $signed({{4{product36[22]}}, product36});
  assign add_temp_34 = add_signext_68 + add_signext_69;
  assign sum35 = add_temp_34[26:0];

  assign add_signext_70 = sum35;
  assign add_signext_71 = $signed({{4{product37[22]}}, product37});
  assign add_temp_35 = add_signext_70 + add_signext_71;
  assign sum36 = add_temp_35[26:0];

  assign add_signext_72 = sum36;
  assign add_signext_73 = $signed({{4{product38[22]}}, product38});
  assign add_temp_36 = add_signext_72 + add_signext_73;
  assign sum37 = add_temp_36[26:0];

  assign add_signext_74 = sum37;
  assign add_signext_75 = $signed({{4{product39[22]}}, product39});
  assign add_temp_37 = add_signext_74 + add_signext_75;
  assign sum38 = add_temp_37[26:0];

  assign add_signext_76 = sum38;
  assign add_signext_77 = $signed({{4{product40[22]}}, product40});
  assign add_temp_38 = add_signext_76 + add_signext_77;
  assign sum39 = add_temp_38[26:0];

  assign add_signext_78 = sum39;
  assign add_signext_79 = $signed({{4{product41[22]}}, product41});
  assign add_temp_39 = add_signext_78 + add_signext_79;
  assign sum40 = add_temp_39[26:0];

  always @ (posedge clk or posedge reset)
    begin: Output_Register_process
      if (reset == 1'b1) begin
        output_register <= 0;
      end
      else begin
        if (clk_enable == 1'b1) begin
          output_register <= sum40;
        end
      end
    end // Output_Register_process

  // Assignment Statements
  assign filter_out = output_register;
endmodule  // FIR_125K_10K_LPF